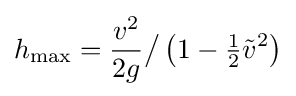
h_{\mathrm {max} }={\frac {v^{2}}{2g}}{\big /}\left(1-{\tfrac {1}{2}}{\tilde {v}}^{2}\right)